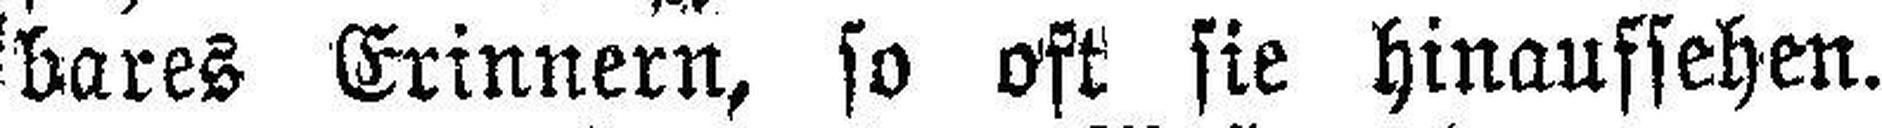
bares Erinnern, so oft sie hinaufsehen.